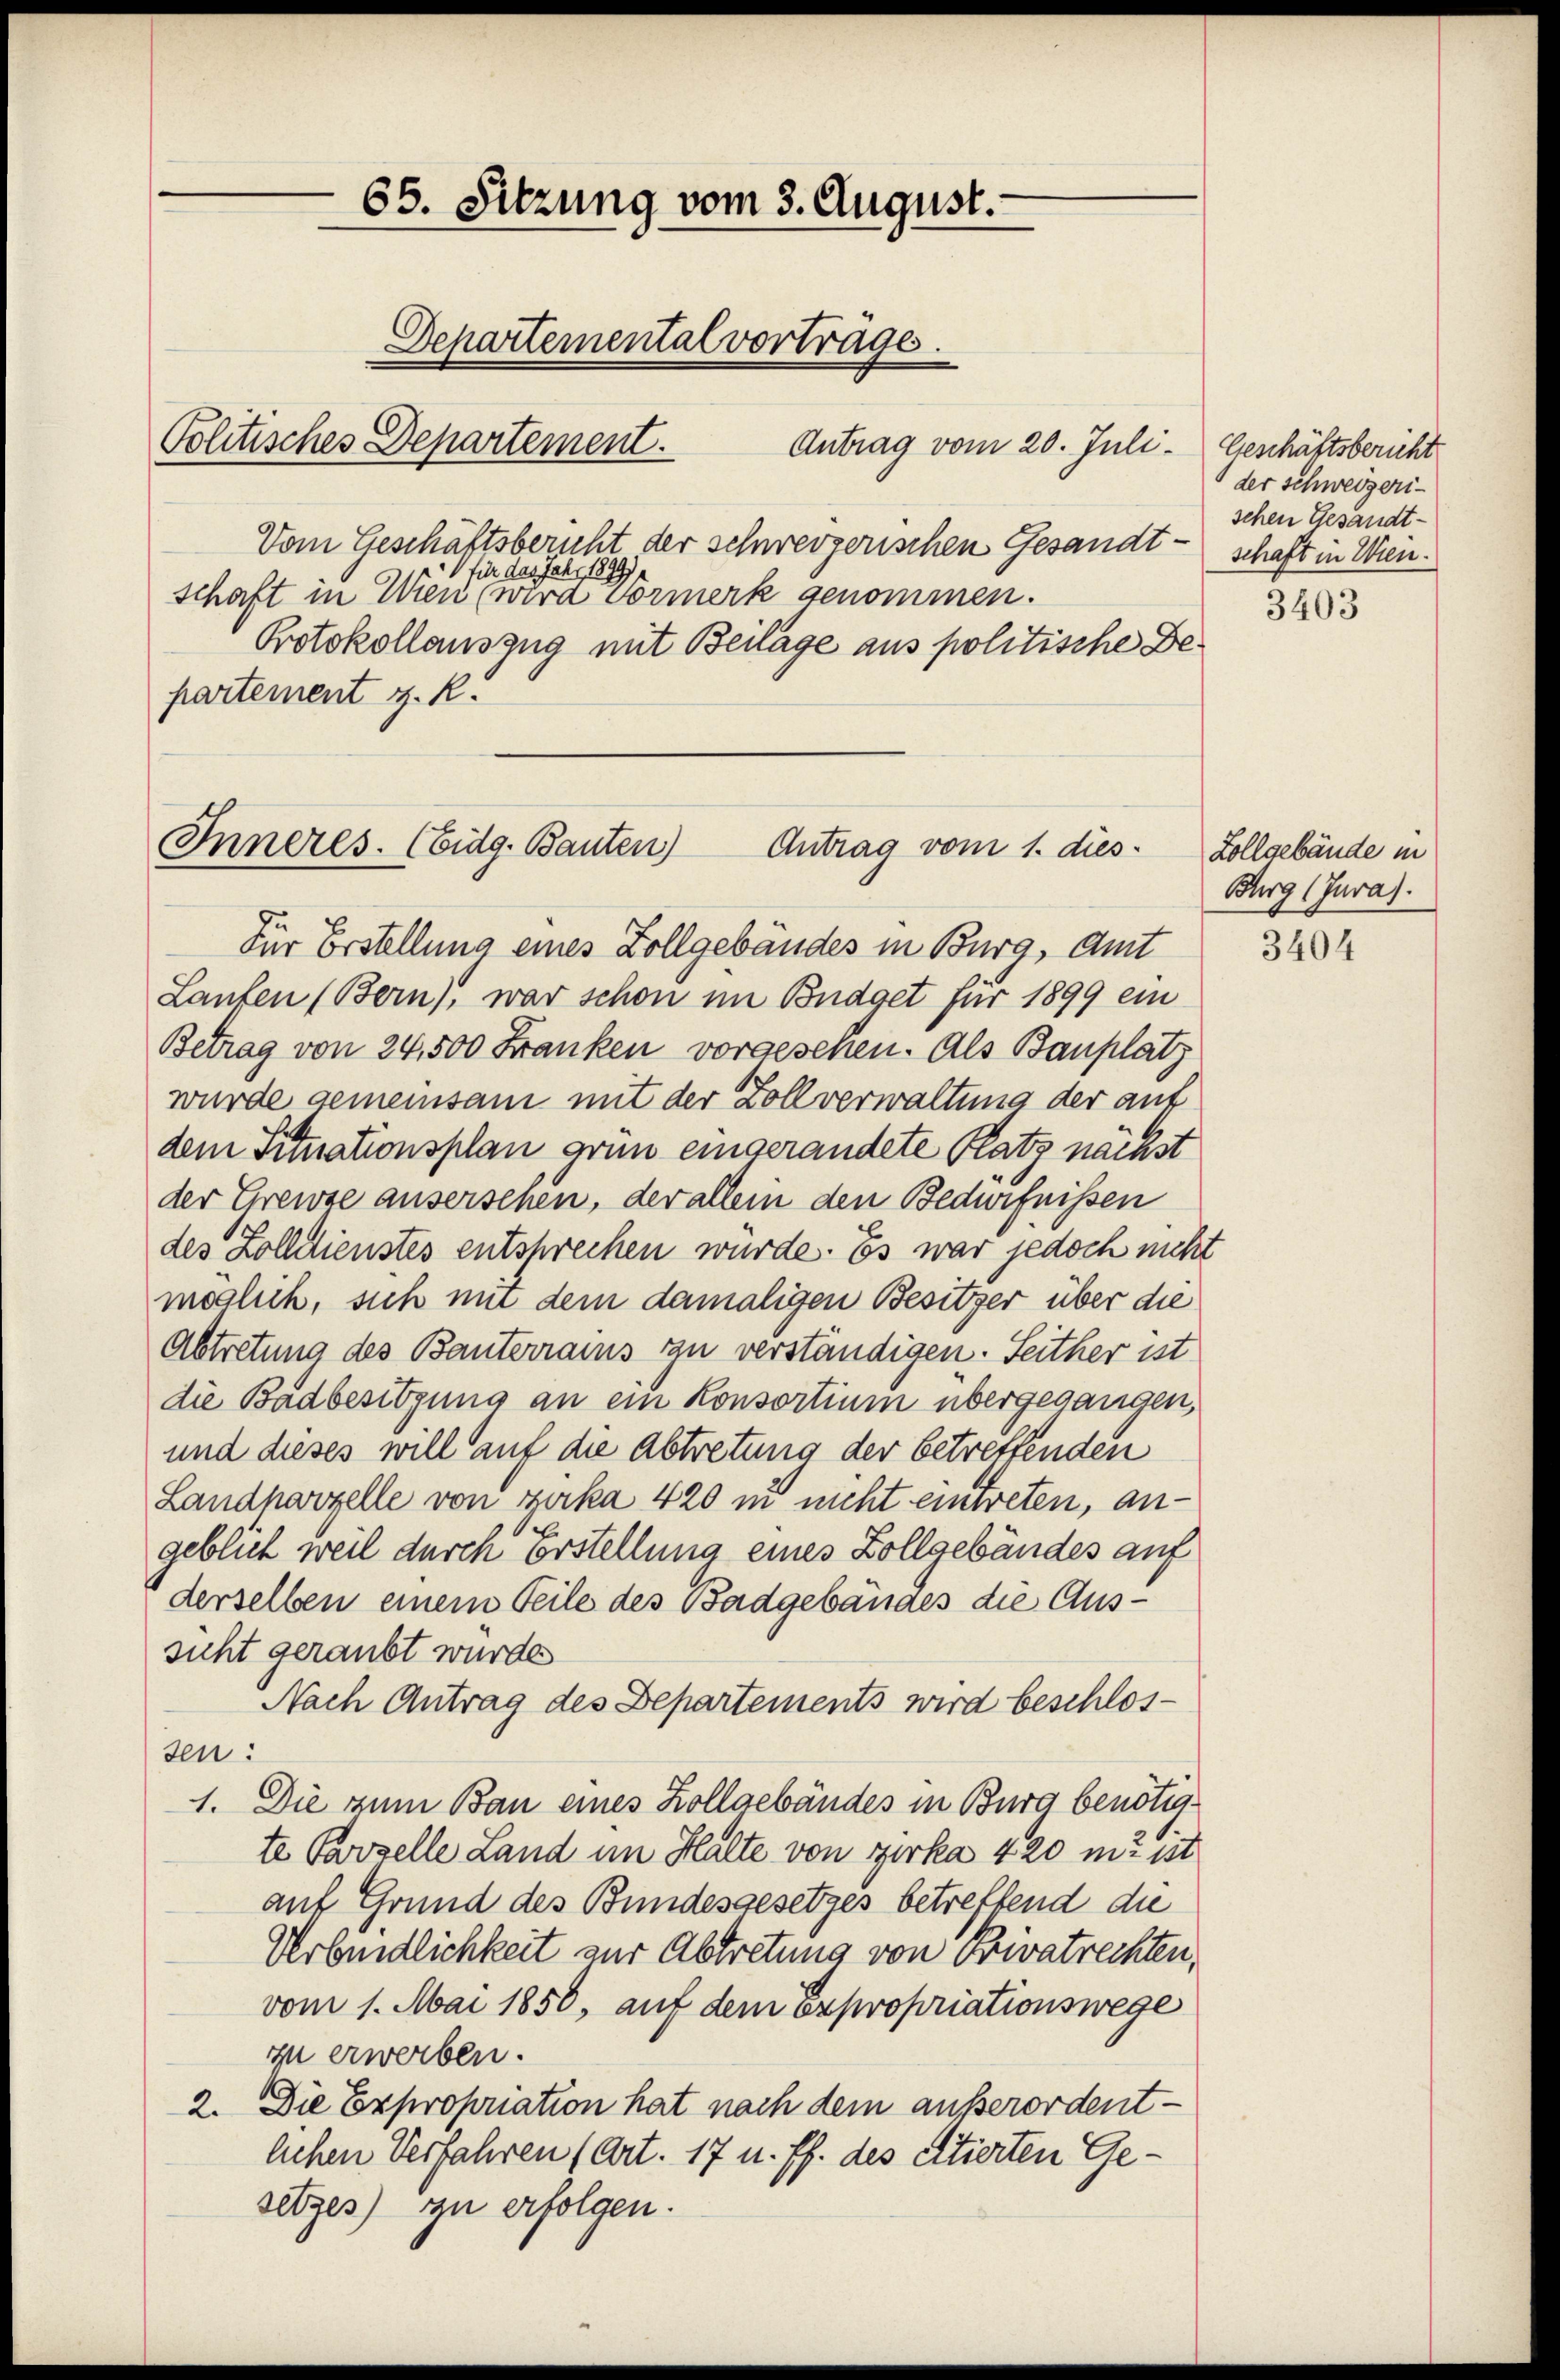
65. Sitzung vom 3. August.
Departemental vorträge.
Politisches Departement.
Antrag vom 20. Juli. Geschäftsbericht

Vom Geschäftsberuht der schwerzerischen Gesandtschaft in Wien¬
 für das Jahr 1899)
schaft in Wien (wird vormerk genommen.
Protokollauszug mit Beilage aus politische Bepartement z. R.

Inneres. (Eidg. Bauten)
Antrag vom 1. dies

Für Erstellung eines Zollgebäudes in Burg, Amt
Lanten (Bern), war schon im Budget für 1899 ein
Betrag von 24, 500 Franken vorgesehen. Als Bauplatz
wurde gemeinsam mit der Zollverwaltung der auf
dem Situationsplan grün eingerändete Platz nächst
der Greise ausersehen, der allein den Bedürfnissen
des Zolldienstes entsprechen würde. Es war jedoch nicht
möglich, sich nur dem damaligen Besitzer über die
Abtretung des Bauterraus zu verständigen. Seither ist
die Badbesitzung an ein Konsortium übergegangen,
und dieses will auf die Abtretung der betreffenden
Landharzelle von zurka 420 in nicht einweten, angeblich weil durch Erstellung eines Zollgebäudes auf
derselben einem Teile des Badgebäudes die Aussicht geraubt wurde
Nach Antrag des Departements wird beschlos-
sen:
1. Die zum Bau eines Zollgebäudes in Burg benötigte Parzelle Land im Halte von Zirka 420 in ist
auf Grund des Bundesgesetzes betreffend die
Verbindlichkeit zur Abtretung von Privatrechten,
vom 1. Mai 1850, auf dem Expropriationswege
zu erwerben.
2. Die Expropriation hat nach dem außerordentlichen Verfahren (Art. 17 u. ff. des citierten Gesetzes) zu erfolgen.

der schweizeri-
schen Gesandt-

3403

Zollgebäude in
Burg (Jura).

3404